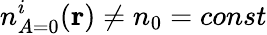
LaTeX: {n_{A=0}^{i}(\mathbf{r})}\neq n_{0}={const}